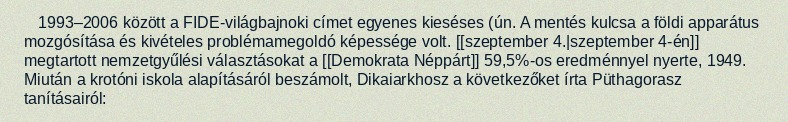
1993–2006 között a FIDE-világbajnoki címet egyenes kieséses (ún. A mentés kulcsa a földi apparátus mozgósítása és kivételes problémamegoldó képessége volt. [[szeptember 4.|szeptember 4-én]] megtartott nemzetgyűlési választásokat a [[Demokrata Néppárt]] 59,5%-os eredménnyel nyerte, 1949. Miután a krotóni iskola alapításáról beszámolt, Dikaiarkhosz a következőket írta Püthagorasz tanításairól: